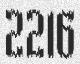
2216